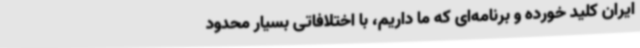
ایران کلید خورده و برنامه‌ای که ما داریم، با اختلافاتی بسیار محدود